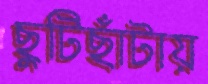
ছুটিছাঁটায়